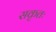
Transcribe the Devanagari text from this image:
सकृतः